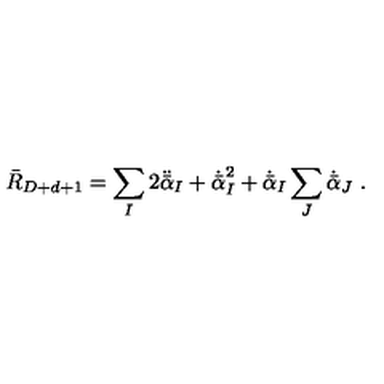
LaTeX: \bar { R } _ { D + d + 1 } = \sum _ { I } 2 \ddot { \bar { \alpha } } _ { I } + \dot { \bar { \alpha } } _ { I } ^ { 2 } + \dot { \bar { \alpha } } _ { I } \sum _ { J } \dot { \bar { \alpha } } _ { J } \ .